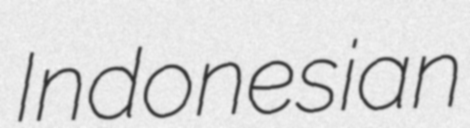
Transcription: Indonesian